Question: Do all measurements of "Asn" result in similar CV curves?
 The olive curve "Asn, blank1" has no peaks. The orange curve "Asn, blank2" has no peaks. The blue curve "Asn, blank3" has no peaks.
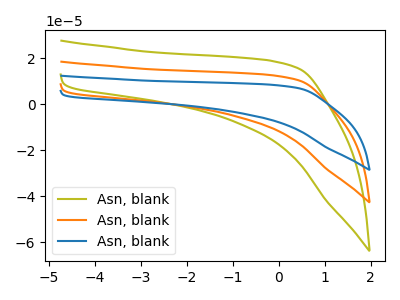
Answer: <think>Neither "Asn, blank1" or "Asn, blank2" have any peaks. Neither "Asn, blank1" or "Asn, blank3" have any peaks. Neither "Asn, blank2" or "Asn, blank3" have any peaks.
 </think>
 <answer>All the CV's of "Asn" have similar shape.</answer>
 <eval>follow_rule</eval>